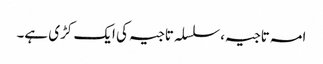
امہ تاجیہ،سلسلہ تاجیہ کی ایک کڑی ہے۔